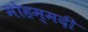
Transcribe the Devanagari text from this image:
मोहम्‍मदी